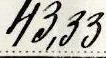
43,33